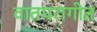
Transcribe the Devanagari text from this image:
वातपरागीत